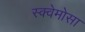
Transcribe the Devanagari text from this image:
स्क्वेमोसा